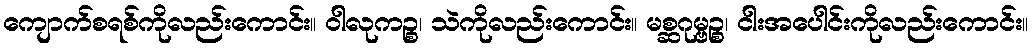
ကျောက်စရစ်ကိုလည်းကောင်း။ ဝါလုကဉ္စ၊ သဲကိုလည်းကောင်း။ မစ္ဆဂုမ္ဗဉ္စ၊ ငါးအပေါင်းကိုလည်းကောင်း။